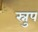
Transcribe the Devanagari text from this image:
स्नुप